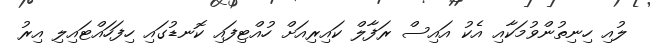
ލުއި ހިނިތުންވުމަކާއި އެކު އައިސް ރަފާލް ކައިރިއަށް ހުއްޓިފައި ކޮނޑުގައި ހިފަހައްޓައިލި އިރު